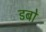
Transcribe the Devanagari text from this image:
डबो